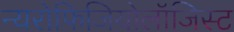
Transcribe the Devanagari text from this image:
न्यरोफिजियोलॉजिस्ट